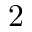
2